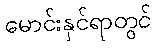
မောင်းနှင်ရာတွင်